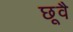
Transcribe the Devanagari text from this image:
छूवै